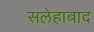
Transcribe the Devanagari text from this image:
सलेहाबाद